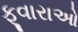
ફૂવારાઓ